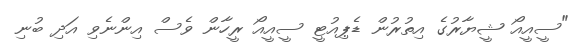
"ސީއީއޯ ޝީޔާރުގެ އިތުރުން ޑެޕިއުޓީ ސީއީއޯ ރީހާން ވެސް އިންނެވި އަދި ބުނި